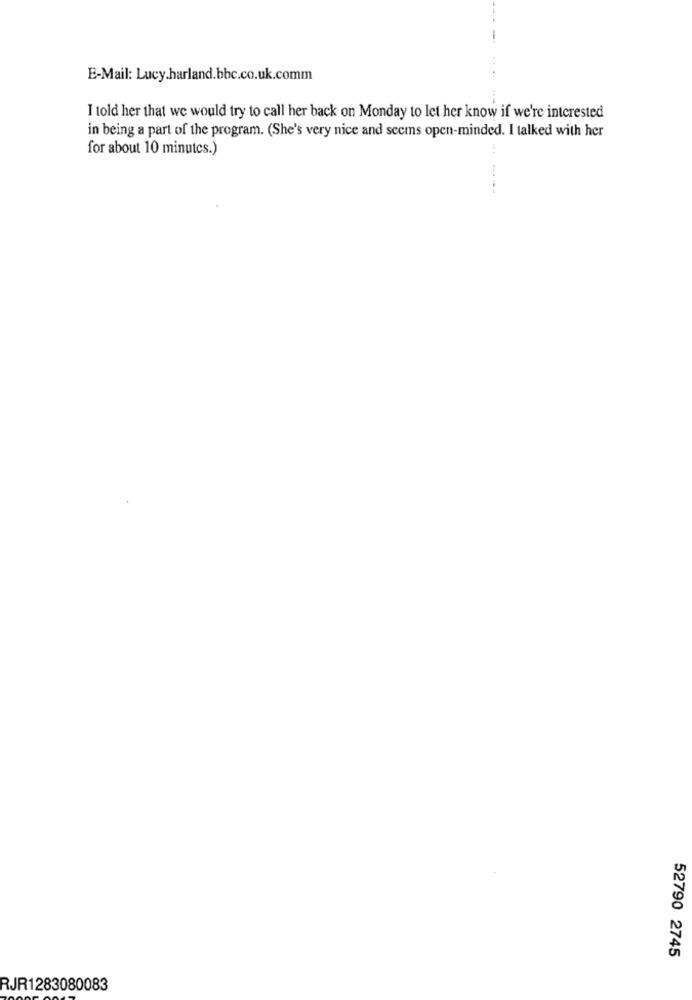
E-Mail: Lucy.harland.bbc.co.uk.comm
I told her that we would try to call her back on Monday to let her know if we're interested
in being a part of the program. (She's very nice and seems open-minded. I talked with her
for about 10 minutes.)
52790 2745
RJR1283080083